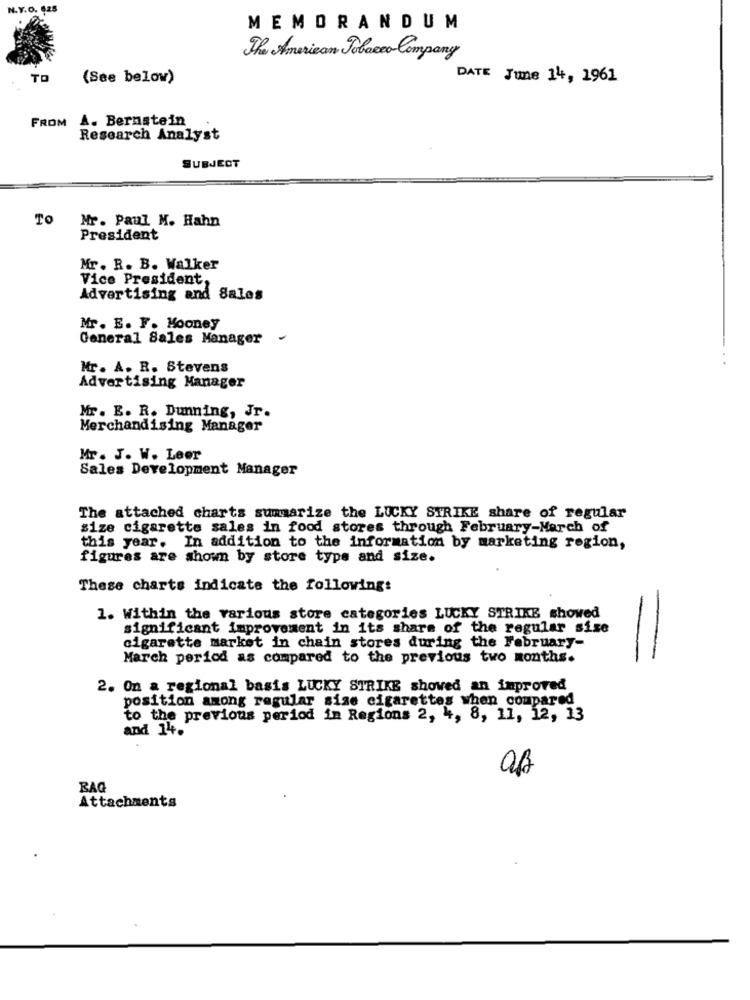
N.Y.O. 625
MEMORANDUM
The American Tobacco Company
TO
(See below)
DATE June 14, 1961
A. Bernstein
FROM
Research Analyst
SUBJECT
TO
Mr. Paul M. Hahn
President
Mr. R. B. Walker
Vice President,
Advertising and Sales
Mr. E. F. Mooney
General Sales Manager -
Mr. A. R. Stevens
Advertising Manager
Mr. E. R. Dunning, Jr.
Merchandising Manager
Mr. J. W. Leer
Sales Development Manager
The attached charts summarize the LUCKY STRIKE share of regular
size cigarette sales in food stores through February-March of
this year. In addition to the information by marketing region,
figures are shown by store type and size.
These charts indicate the following:
1. Within the various store categories LUCKY STRIKE showed
significant improvement in its share of the regular sise
cigarette market in chain stores during the February-
March period as compared to the previous two months.
2. On a regional basis LUCKY STRIKE showed an improved
position among regular size cigarettes when compared
to the previous period in Regions 2, 4, 8, 11, 12, 13
and 14.
BAG
Attachments